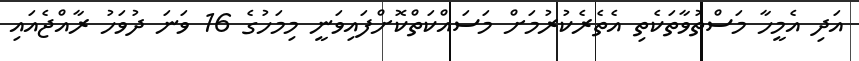
އަދި އެމީހާ މަސްތުވާތަކެތި އެތެރެކުރުމަށް މަސައްކަތްކޮށްފައިވަނީ މިމަހުގެ 16 ވަނަ ދުވަހު ރާއްޖެއައި